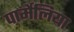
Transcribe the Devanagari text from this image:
पार्मेलिया